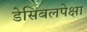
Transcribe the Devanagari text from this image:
डेसिबलपेक्षा